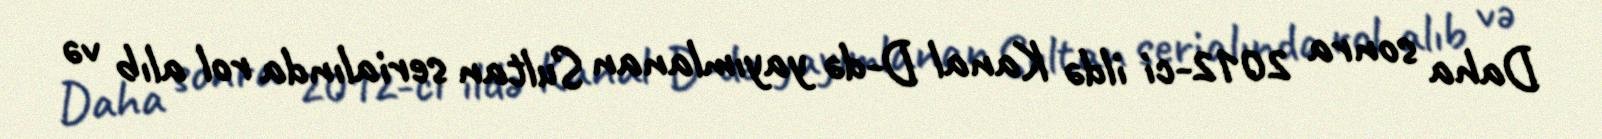
Daha sonra 2012-ci ildə Kanal D-də yayımlanan Sultan serialında rol alıb və